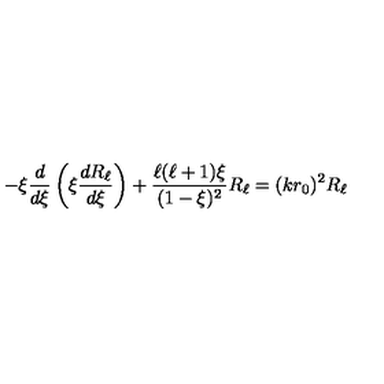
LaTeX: - \xi { \frac { d } { d \xi } } \left( \xi { \frac { d R _ { \ell } } { d \xi } } \right) + { \frac { \ell ( \ell + 1 ) \xi } { ( 1 - \xi ) ^ { 2 } } } R _ { \ell } = ( k r _ { 0 } ) ^ { 2 } R _ { \ell }